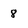
Character: 8